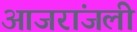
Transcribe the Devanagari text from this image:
आजरांजली